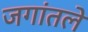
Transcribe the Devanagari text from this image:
जगांतले